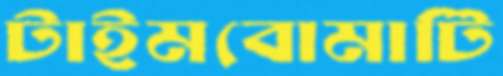
টাইমবোমাটি